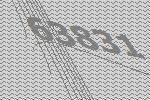
63831